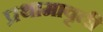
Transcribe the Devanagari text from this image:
प्रथामावृती